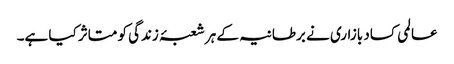
عالمی کساد بازاری نے برطانیہ کے ہر شعبۂ زندگی کو متاثر کیا ہے۔